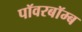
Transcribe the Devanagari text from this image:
पॉवरबॉम्ब